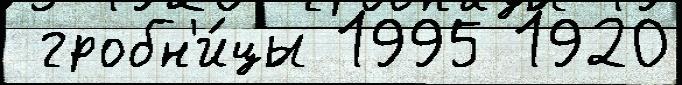
 гробн'и́цы 1995 1920